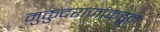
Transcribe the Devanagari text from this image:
मुकुंदराजांकडून